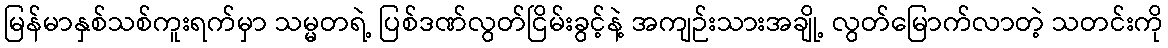
မြန်မာနှစ်သစ်ကူးရက်မှာ သမ္မတရဲ့ ပြစ်ဒဏ်လွတ်ငြိမ်းခွင့်နဲ့ အကျဉ်းသားအချို့ လွတ်မြောက်လာတဲ့ သတင်းကို